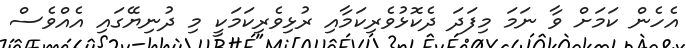
އެހެން ކަމަށް ވާ ނަމަ މިފަދަ ދެކޮޅުވެރިކަމާއި ރުޅިވެރިކަމަކީ މި ދުނިޔޭގައި އެއްވެސް